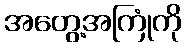
အတွေ့အကြုံကို